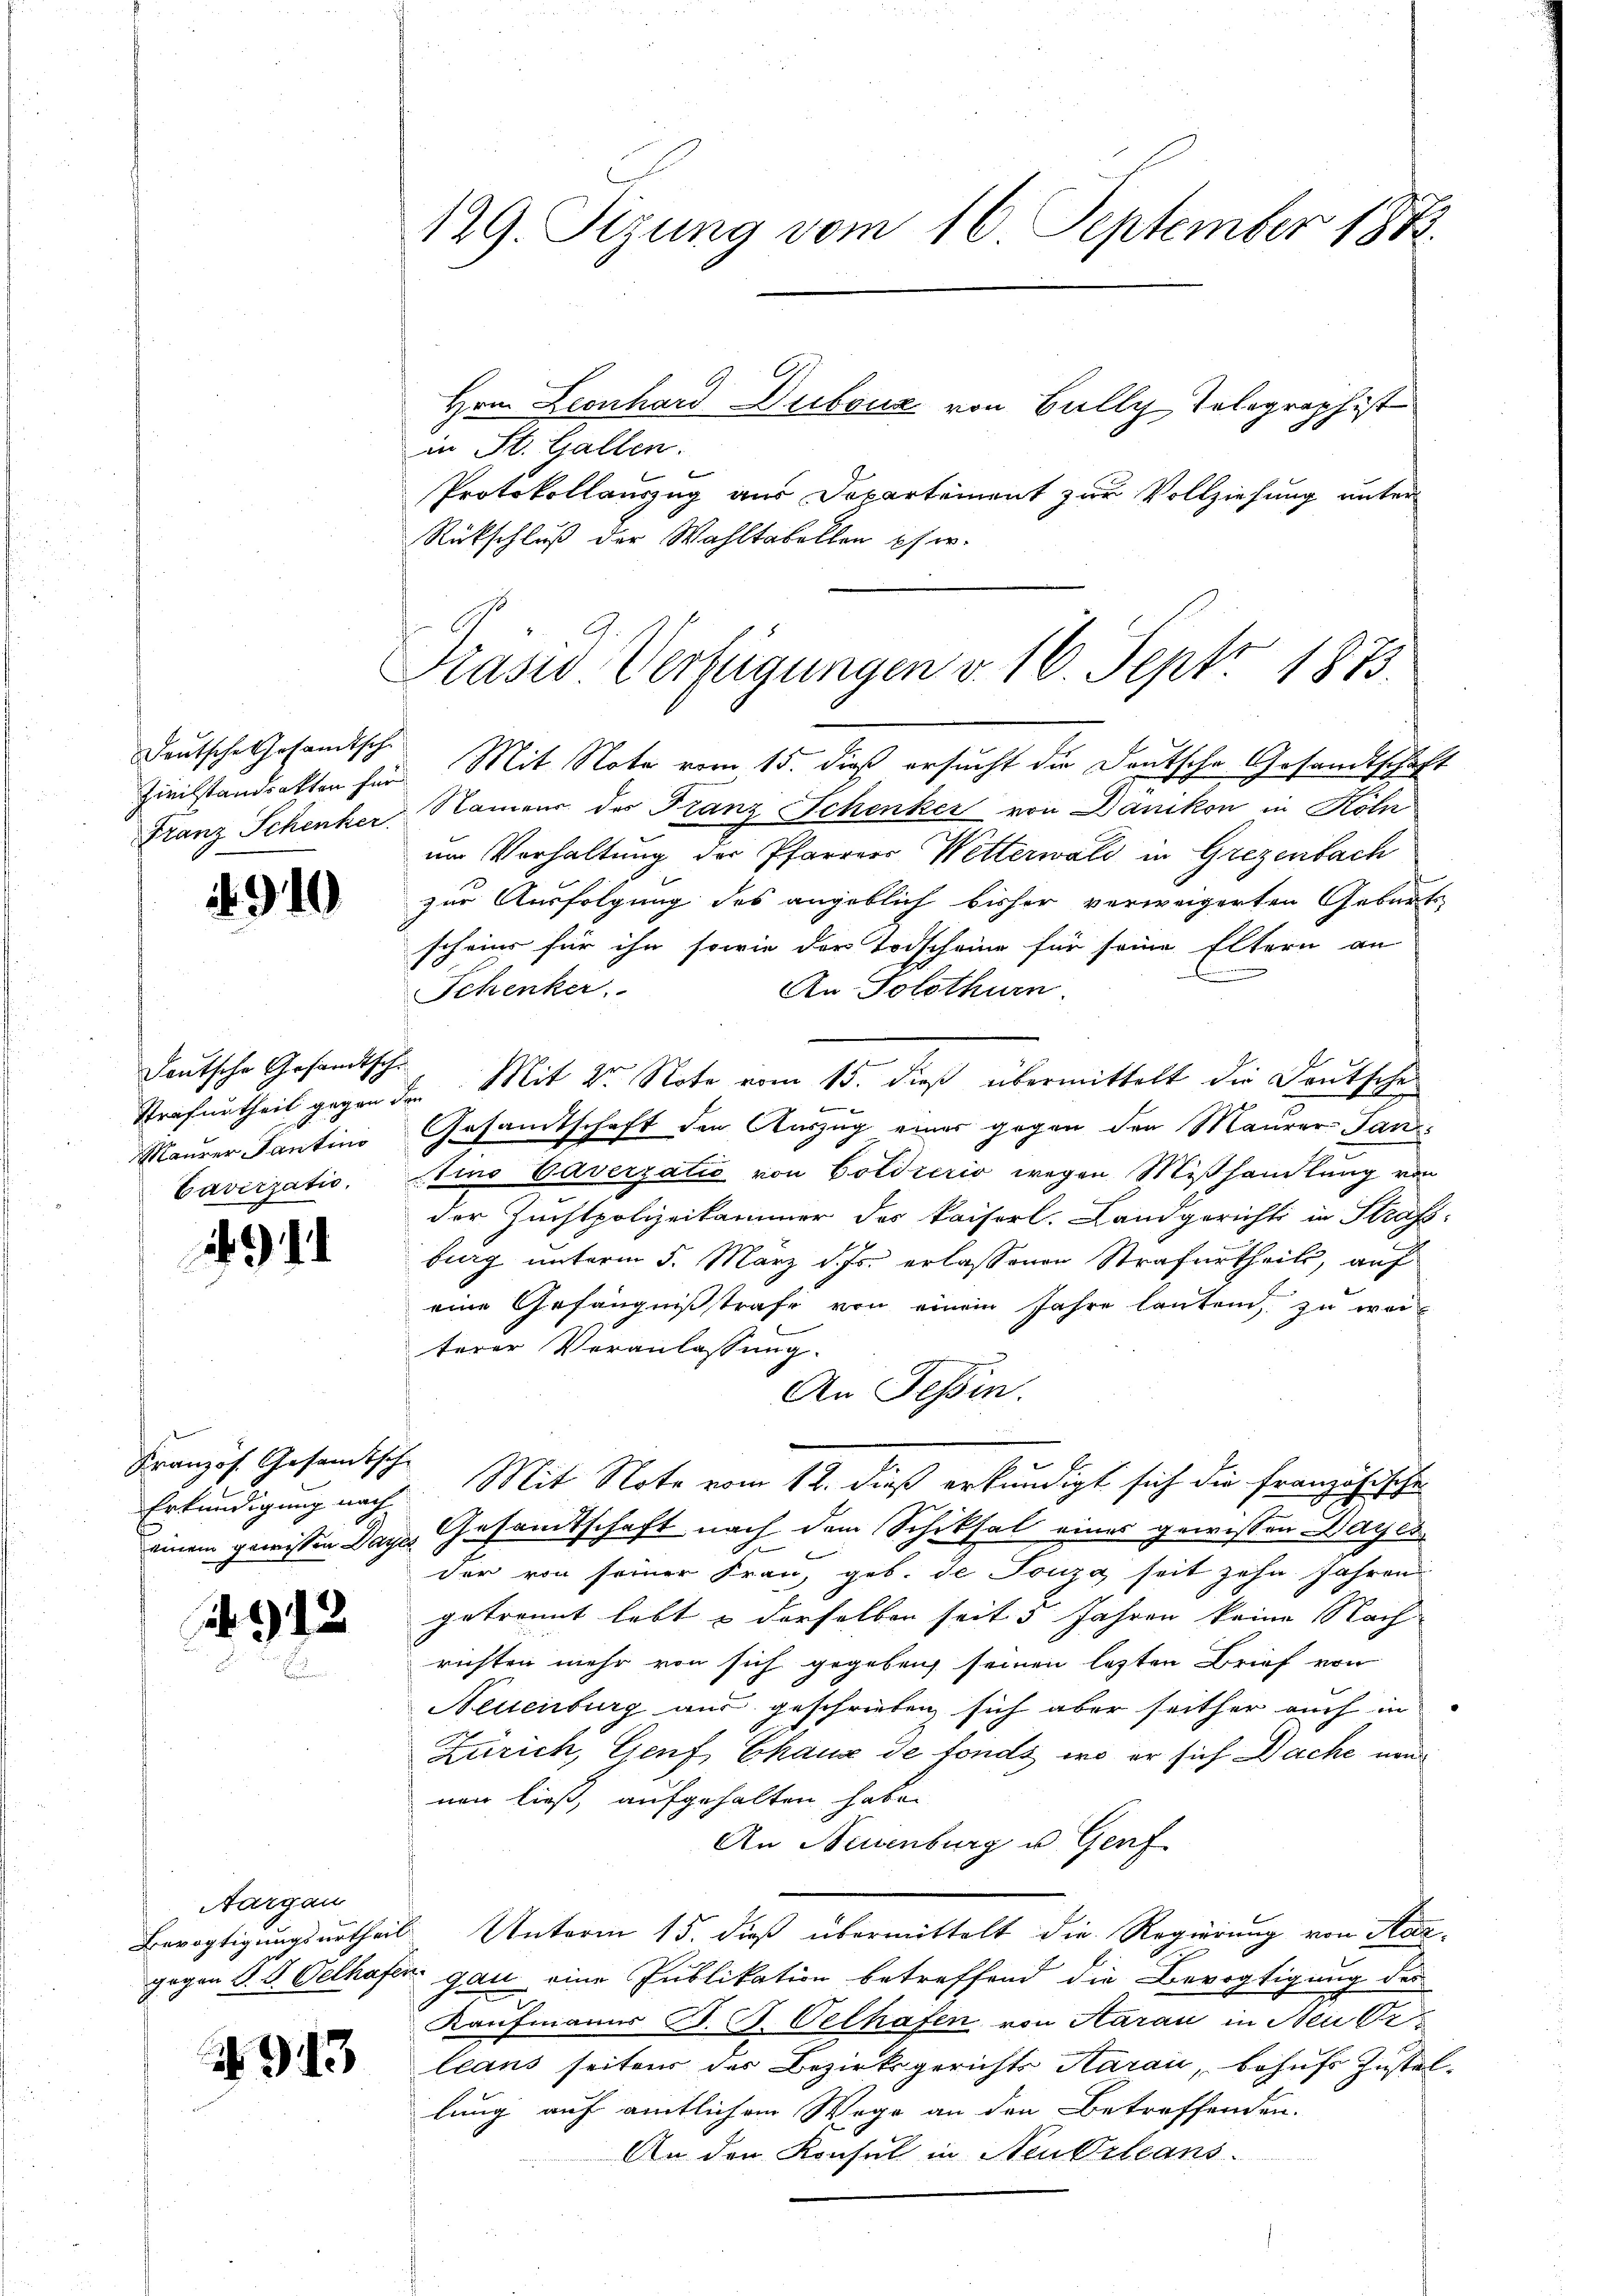
C

Deutsche Gesandtsch
Zivilstandsakten für
Franz Schenker.

9

)

10

1

deutsche Gesandtsche
Strafurtheil gegen d.
Maurer Tantino
Cavizzatio,

Französ. Gesandtsch
Erkundigung nach
einem gewissen Acte

912

Aargau

913

129. Sizung vom 16. September 1873.

in St. Gallen.
Protokollauszug aus Departement zur Vollziehung unter
Rückschluß der Wahltabellen pfer.
Mit Note vom 15. dieß ersucht die Deutsche Gesandtschaft
Namens des Franz Schenker von Dänikon in Köln
um Verhaltung der Pfarrers Wetterwald in Grezenbach
zur Ausfolgung des angeblich bisher verweigerten Geburts
scheins für ihn sowie der Todscheine für seine Eltern an
An Solothurn.
Schenker
2. Mit 2. Note vom 15. dieß übermittelt die Deutsche
f
Gesamtschaft den Auszug einer gegen den Maurer- Santino Caverzatio von Cotdierio wegen Mißhandlung von
der Zuchtpolizeikammer des kaiserl. Landgericht in Strafs
burg unterm 5. März d. Js. erlassenen Strafurtheils, auf
eine Gefängnißstrafe von einem Jahre lauten, zu weiterer Veranlassung.
An Tessin.
Mit Note vom 12. dieß erkundigt sich die französische
Gesamtschaft nach dem Schiksal eines gewissen Bayer
der von seiner Frau, geb. de Jonza seit zehn Jahren
getrennt lebt & derselben seit 3 Jahren keine Nach
richten mehr von sich gegeben seinen letzten Brief von
Neuenburg aus geschrieben, sich aber seither auch in
Zürich, Genf, Chaux de fonds, wo er sich Nache non
nen ließ, aufgehalten habe.
An Neuenburg u. Genf
Bevogtigungsurtheil. Unterm 15. dieß übermittelt die Regierung von Hangegen P. G. Velhofen gan eine Publikation betreffend die Bevogtigung des
Kaufmanns B. G. Celhafen von Aarau in Neu Or
leans seiten der Bezirksgerichts Aarau, behufs Zustellung auf amtlichem Wege an den Betreffenden.
An den Konsul in Neukrleans

Hrn. Leonhard Dubouz von Bally, Tolographist

Kasio Verfügungen v. 16. Sept. 1873.
.